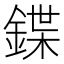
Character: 鍱